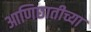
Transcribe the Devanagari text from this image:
आणिछातीच्या